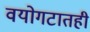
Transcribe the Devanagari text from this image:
वयोगटातही